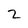
Character: 2